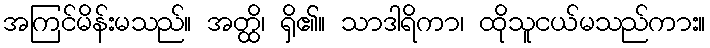
အကြင်မိန်းမသည်။ အတ္ထိ၊ ရှိ၏။ သာဒါရိကာ၊ ထိုသူငယ်မသည်ကား။